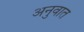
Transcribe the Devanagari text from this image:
अनुवात